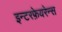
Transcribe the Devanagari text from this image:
इन्टरफ़ेयरेन्स